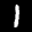
Label: 1